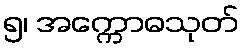
၅၊ အက္ကောဓသုတ်